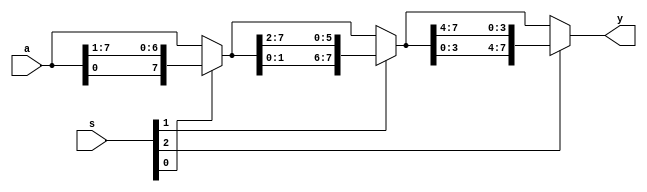
module shifter8bit_right
(
  input wire[7:0] a,
  input wire[2:0] s,
  output wire[7:0] y 
);
  wire[7:0] p0, p1;
  
  assign p0 = s[0] ? { a[0]   ,  a[7:1]} : a;
  assign p1 = s[1] ? {p0[1:0] , p0[7:2]} : p0;
  assign y  = s[2] ? {p1[3:0] , p1[7:4]} : p1;
  
endmodule